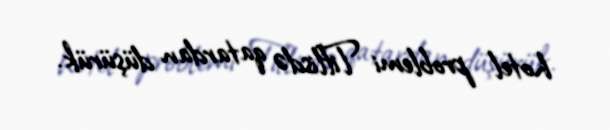
hotel problemi Tiflisdə qatardan düşürük.